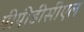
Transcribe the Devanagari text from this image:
पीपीडीसीएल